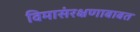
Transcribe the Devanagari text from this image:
विमासंरक्षणाबाबत